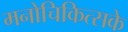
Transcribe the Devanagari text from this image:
मनोचिकित्सके